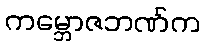
ကမ္ဘောဇဘဏ်က